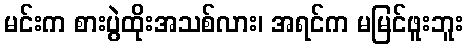
မင်းက စားပွဲထိုးအသစ်လား၊ အရင်က မမြင်ဖူးဘူး